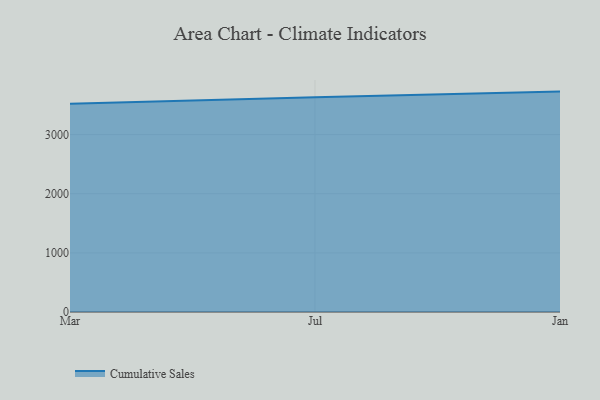
{"axis": {"x": "Month", "y": "Population (Million)"}, "legend": ["Cumulative Sales"], "data": [{"x": "Mar", "y": 3521.2, "type": "Cumulative Sales"}, {"x": "Jul", "y": 3630.4, "type": "Cumulative Sales"}, {"x": "Jan", "y": 3725.7, "type": "Cumulative Sales"}]}